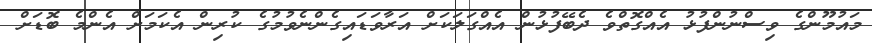
މައުމޫންގެ ވިސްނުންފުޅު އެއްގޮތްވެ ދެބޭފުޅުން އެއްގަލަކަށް އަރާވަޑައިގެންނެވުމުގެ ކުރިން އެކަމަށް އެންމެ ބޮޑަށް